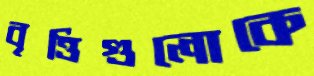
বৃত্তিগুলোকে